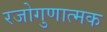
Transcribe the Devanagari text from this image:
रजोगुणात्मक